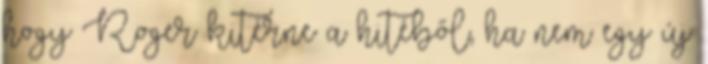
hogy Roger kitérne a hitéből, ha nem egy új